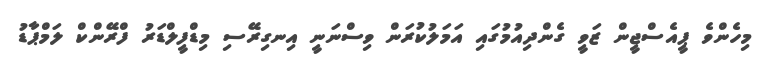
މިހެންވެ ޕީއެސްޖީން ޒަވީ ގެންދިއުމުގައި އަމަލުކުރަން ވިސްނަނީ އިނގިރޭސި މިޑްފީލްޑަރު ފްރޭންކް ލަމްޕާޑު